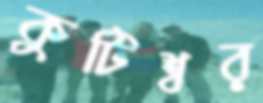
কুটিশ্বর